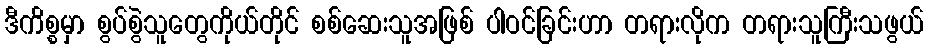
ဒီကိစ္စမှာ စွပ်စွဲသူတွေကိုယ်တိုင် စစ်ဆေးသူအဖြစ် ပါဝင်ခြင်းဟာ တရားလိုက တရားသူကြီးသဖွယ်